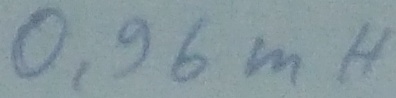
Text: 0,96mH